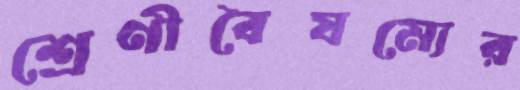
শ্রেণীবৈষম্যের